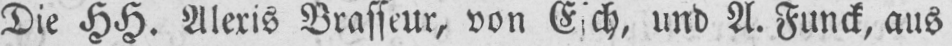
und A. Funck, ans